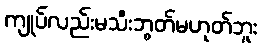
ကျုပ်လည်းမသီးဘွတ်မဟုတ်ဘူး